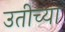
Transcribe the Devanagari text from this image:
उतीच्या